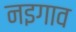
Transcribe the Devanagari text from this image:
नइगाव